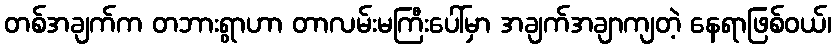
တစ်အချက်က တဘားရွာဟာ တာလမ်းမကြီးပေါ်မှာ အချက်အချာကျတဲ့ နေရာဖြစ်ဝယ်၊